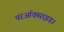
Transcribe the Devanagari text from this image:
परऑक्साइड।